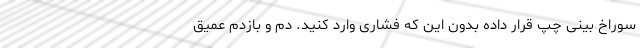
سوراخ بینی چپ قرار داده بدون این که فشاری وارد کنید. دم و بازدم عمیق